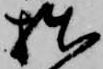
拙